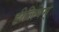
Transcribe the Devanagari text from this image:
हीलियम्